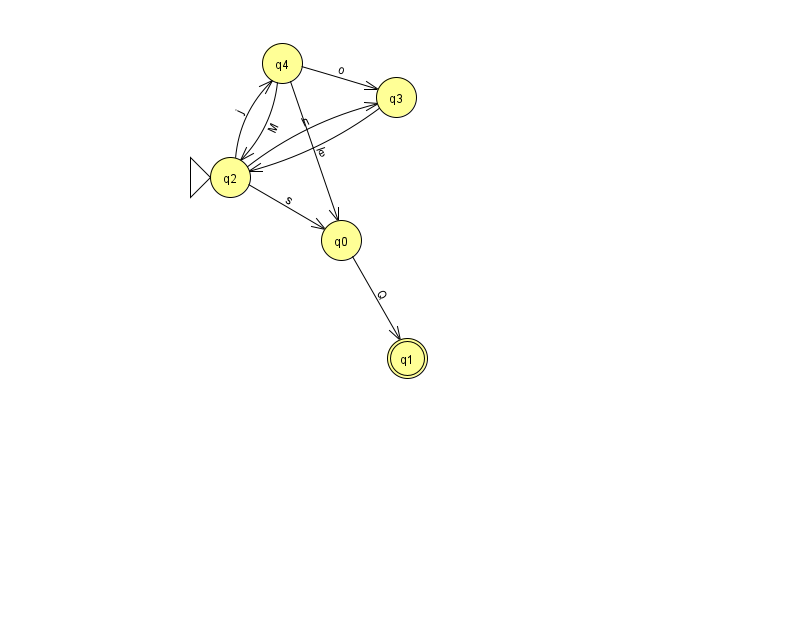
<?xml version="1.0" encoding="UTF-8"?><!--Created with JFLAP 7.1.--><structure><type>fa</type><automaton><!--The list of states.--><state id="0" name="q0"><x>341.0</x><y>227.0</y></state><state id="1" name="q1"><x>407.0</x><y>345.0</y><final/></state><state id="2" name="q2"><x>230.0</x><y>164.0</y><initial/></state><state id="3" name="q3"><x>396.0</x><y>84.0</y></state><state id="4" name="q4"><x>282.0</x><y>50.0</y></state><!--The list of transitions.--><transition><from>4</from><to>2</to><read>M</read></transition><transition><from>2</from><to>3</to><read>h</read></transition><transition><from>2</from><to>4</to><read>j</read></transition><transition><from>2</from><to>0</to><read>s</read></transition><transition><from>4</from><to>0</to><read>l</read></transition><transition><from>3</from><to>2</to><read>e</read></transition><transition><from>0</from><to>1</to><read>Q</read></transition><transition><from>4</from><to>3</to><read>o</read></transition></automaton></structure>